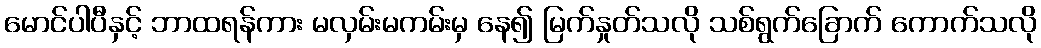
မောင်ပါပီနှင့် ဘာထရန်ကား မလှမ်းမကမ်းမှ နေ၍ မြက်နှုတ်သလို သစ်ရွက်ခြောက် ကောက်သလို